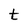
Character: t